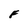
Character: F